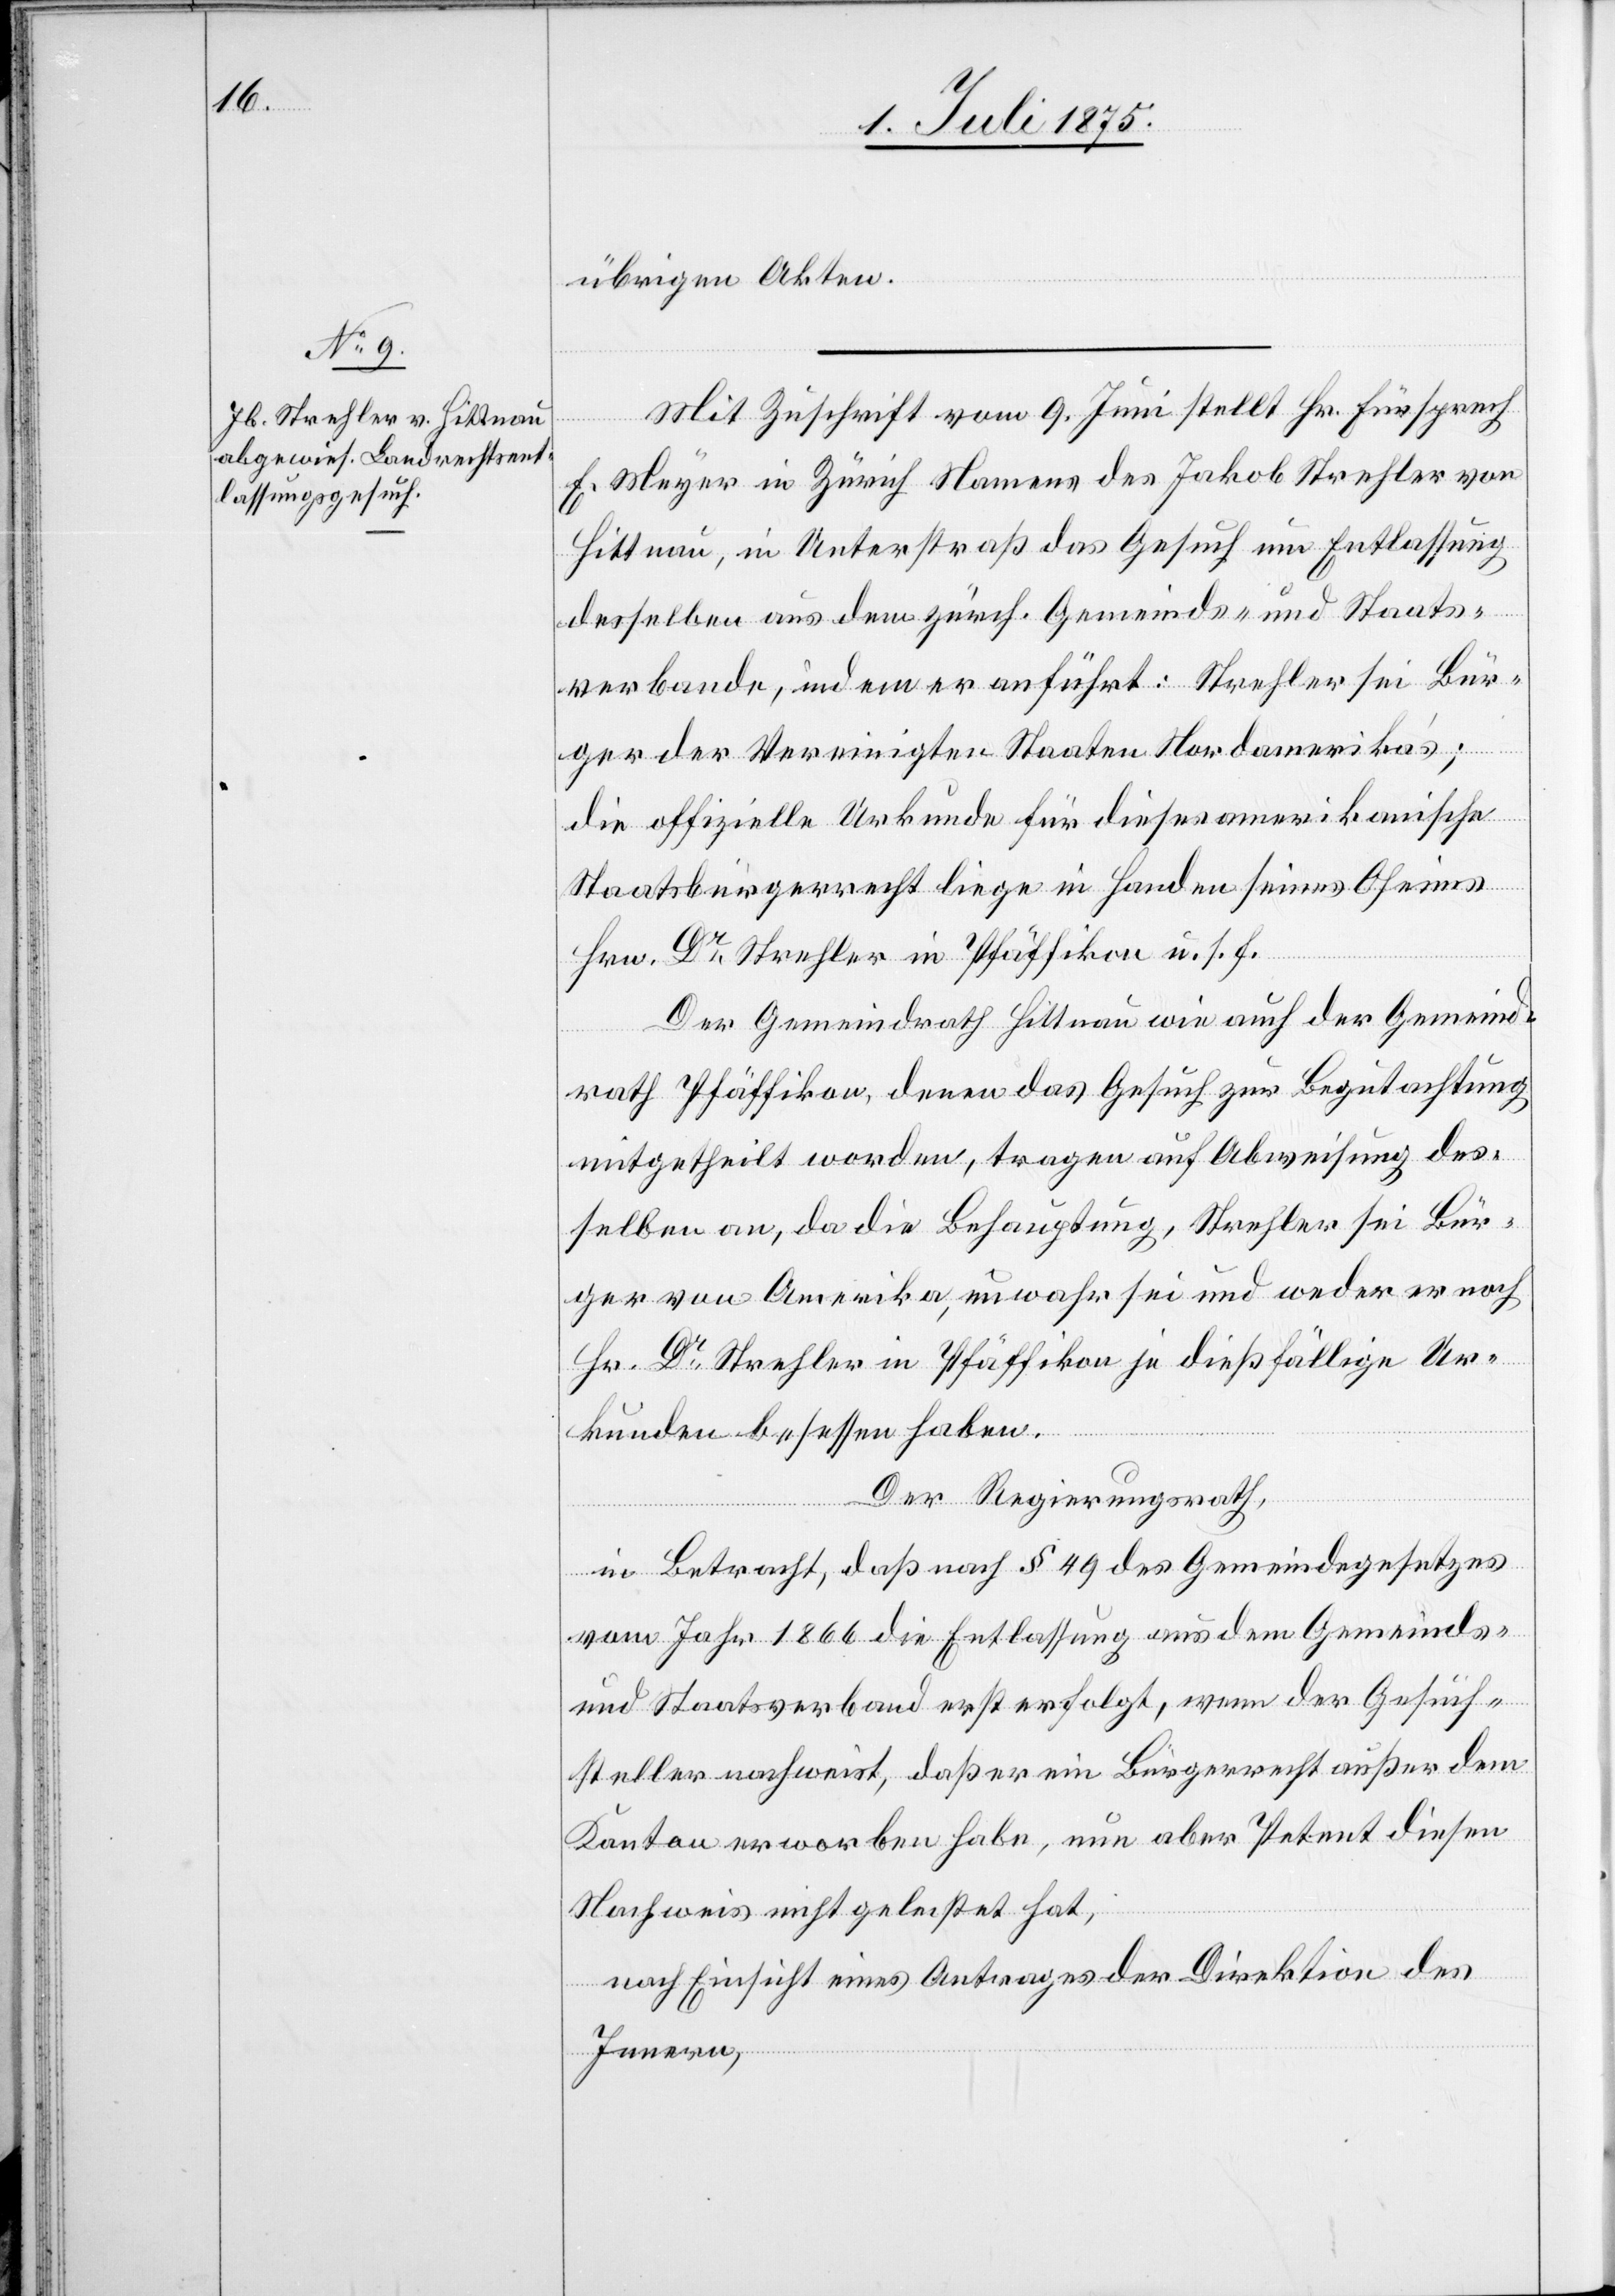
übrigen Akten.
Mit Zuschrift vom 9. Juni stellt Hr. Fürsprech
F. Meyer in Zürich Namens des Jakob Strehler von
Hittnau, in Unterstraß das Gesuch um Entlassung
desselben aus dem zürch. Gemeinds- und Staats¬
verbande, indem er anführt: Strehler sei Bür¬
ger der Vereinigten Staaten Nordamerikas;
die offizielle Urkunde für dieses amerikanische
Staatsbürgerrecht liege in Handen seines Oheims
Hrn. Dr Strehler in Pfäffikon u. s. f.
Der Gemeindrath Hittnau wie auch der Gemeind¬
rath Pfäffikon denen das Gesuch zur Begutachtung
mitgetheilt worden, tragen auf Abweisung des¬
selben an, da die Behauptung, Strehler sei Bür¬
ger von Amerika, unwahr sei und weder er noch
Hr. Strehler in Pfäffikon je dießfällige Ur¬
kunden besessen haben.
Der Regierungsrath,
in Betracht, daß nach § 49 des Gemeindegesetzes
vom Jahr 1866 die Entlassung aus dem Gemeinds-
und Staatsverband erst erfolgt, wenn der Gesuch¬
steller nachweist, daß er ein Bürgerrecht außer dem
Kanton erworben habe, nun aber Petent diesen
Nachweis nicht geleistet hat,
nach Einsicht eines Antrages der Direktion des
Innern,